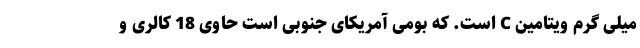
میلی گرم ویتامین C است. که بومی آمریکای جنوبی است حاوی 18 کالری و